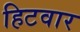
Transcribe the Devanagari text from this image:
हिटवार